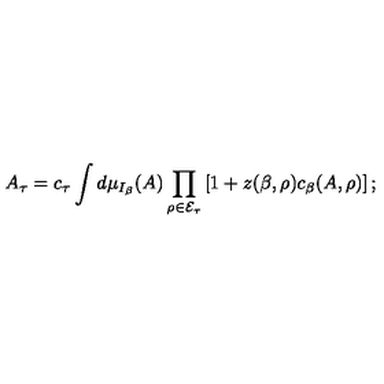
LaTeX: \left. A _ { \tau } = c _ { \tau } \int d \mu _ { I _ { \beta } } ( A ) \prod _ { \rho \in { \cal E } _ { \tau } } \left[ 1 + z ( \beta , \rho ) c _ { \beta } ( A , \rho ) \right] ; \right.